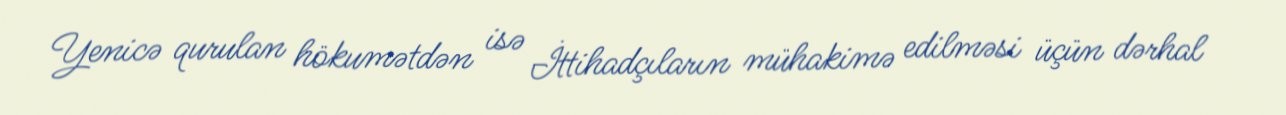
Yenicə qurulan hökumətdən isə İttihadçıların mühakimə edilməsi üçün dərhal